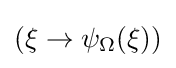
(\xi \rightarrow \psi _{\Omega }(\xi ))